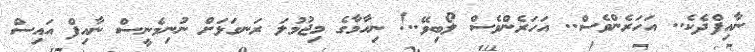
ނާއިފްދެކެ.. އަހަރެންވެސް.. އަހަރެންވެސް ލޯބިވޭ..! ނިހާމާގެ މިޖުމުލަ ރަނގަޅަށް ނުނިމެނީސް ނާއިފް އައިސް